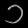
Digit: ၁